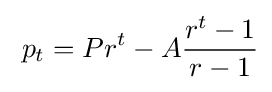
\;p_{t}=Pr^{t}-A{\frac {r^{t}-1}{r-1}}